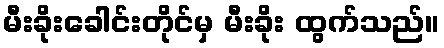
မီးခိုးခေါင်းတိုင်မှ မီးခိုး ထွက်သည်။